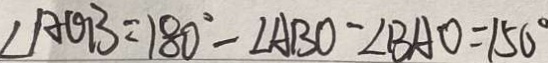
\angle A O B = 1 8 0 ^ { \circ } - \angle A B O - \angle B A O = 1 5 0 ^ { \circ }